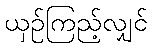
ယှဉ်ကြည့်လျှင်